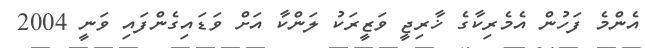
އެންމެ ފަހުން އެމެރިކާގެ ޚާރިޖީ ވަޒީރަކު ލަންކާ އަށް ވަޑައިގެންފައި ވަނީ 2004